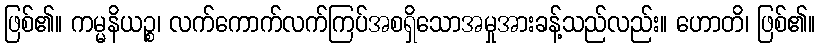
ဖြစ်၏။ ကမ္မနိယဉ္စ၊ လက်ကောက်လက်ကြပ်အစရှိသောအမှုအားခန့်သည်လည်း။ ဟောတိ၊ ဖြစ်၏။